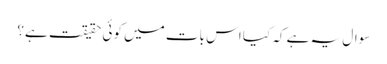
سوال یہ ہے کہ کیا اس بات میں کوئی حقیقت ہے؟